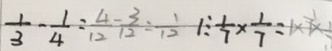
\frac { 1 } { 3 } - \frac { 1 } { 4 } = \frac { 4 } { 1 2 } - \frac { 3 } { 1 2 } = \frac { 1 } { 1 2 } 1 \div \frac { 1 } { 7 } \times \frac { 1 } { 7 } = 1 \times 7 \times